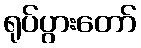
ရုပ်ပွားတော်